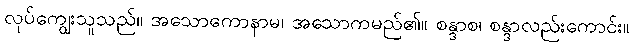
လုပ်ကျွေးသူသည်။ အသောကောနာမ၊ အသောကမည်၏။ စန္ဒာစ၊ စန္ဒာလည်းကောင်း။